Sketch of the medical history of the native army of Bombay, for the year
Year: 1870
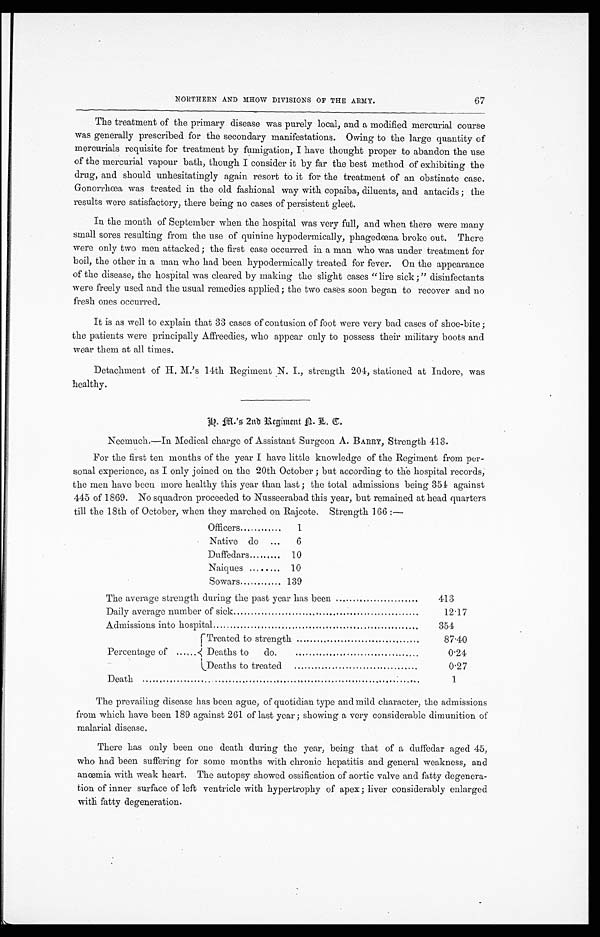
NORTHERN AND MHOW DIVISIONS OF THE ARMY.
67
The treatment of the primary disease was purely local, and a modified mercurial course
was generally prescribed for the secondary manifestations. Owing to the large quantity of
mercurials requisite for treatment by fumigation, I have thought proper to abandon the use
of the mercurial vapour bath, though I consider it by far the best method of exhibiting the
drug, and should unhesitatingly again resort to it for the treatment of an obstinate case.
Gonorrhœa was treated in the old fashional way with copaiba, diluents, and antacids; the
results were satisfactory, there being no cases of persistent gleet.
In the month of September when the hospital was very full, and when there were many
small sores resulting from the use of quinine hypodermically, phagedœna broke out. There
were only two men attacked; the first case occurred in a man who was under treatment for
boil, the other in a man who had been hypodermically treated for fever. On the appearance
of the disease, the hospital was cleared by making the slight cases "lire sick;" disinfectants
were freely used and the usual remedies applied; the two cases soon began to recover and no
fresh ones occurred.
It is as well to explain that 33 cases of contusion of foot were very bad cases of shoe-bite;
the patients were principally Affreedies, who appear only to possess their military boots and
wear them at all times.
Detachment of H. M.'s 14th Regiment N. I., strength 204, stationed at Indore, was
healthy.
h . m . ' s 2 n d R e g i m e n t n . l . c .
Neemuch.—In Medical charge of Assistant Surgeon A. BARRY, Strength 413.
For the first ten months of the year I have little knowledge of the Regiment from per-
sonal experience, as I only joined on the 20th October; but according to the hospital records,
the men have been more healthy this year than last; the total admissions being 354 against
445 of 1869. No squadron proceeded to Nusseerabad this year, but remained at head quarters
till the 18th of October, when they marched on Rajcote. Strength 166:—
Officers
1
Native do
6
D uffedars
10
Naiques
10
Sowars
139
The average strength during the past year has been
413
Daily average number of sick
12.17
Admissions into hospital
354
Percentage of
Treated to strength
87.40
Deaths to do.
0.24
Deaths to treated
0.27
Death
1
The prevailing disease has been ague, of quotidian type and mild character, the admissions
from which have been 189 against 261 of last year; showing a very considerable dimunition of
malarial disease.
There has only been one death during the year, being that of a duffedar aged 45,
who had been suffering for some months with chronic hepatitis and general weakness, and
anœmia with weak heart. The autopsy showed ossification of aortic valve and fatty degenera-
tion of inner surface of left ventricle with hypertrophy of apex; liver considerably enlarged
with fatty degeneration.